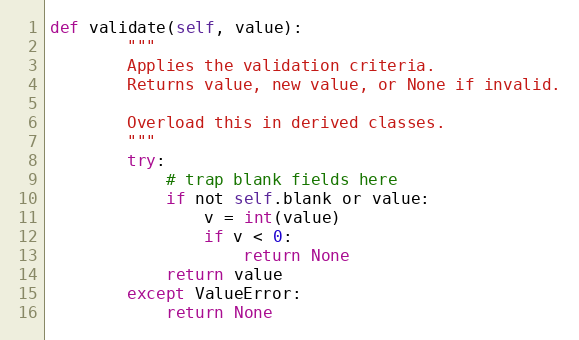
Language: Python
def validate(self, value):
        """
        Applies the validation criteria.
        Returns value, new value, or None if invalid.

        Overload this in derived classes.
        """
        try:
            # trap blank fields here
            if not self.blank or value:
                v = int(value)
                if v < 0:
                    return None
            return value
        except ValueError:
            return None